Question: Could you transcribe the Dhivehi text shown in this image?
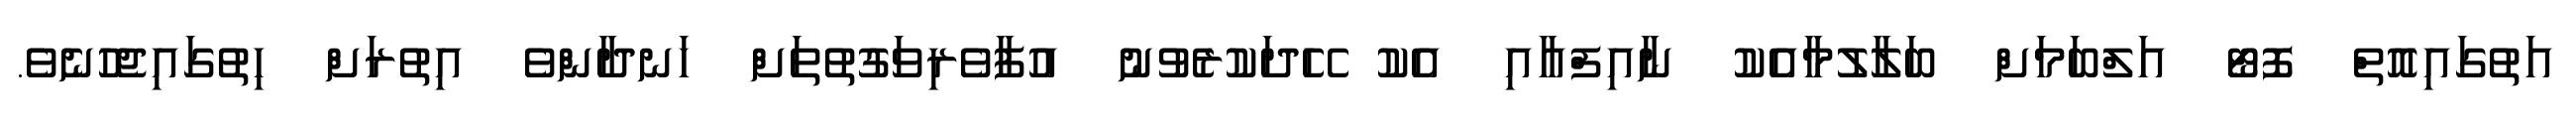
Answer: އަތުގައިއޮތް ފޮޓޯ އަލްބަމަށް ބަލާލުމާއެކު ނާއިފްއާއި އެކު ހޭދަކުރެވުނު އުފާވެރިވަގުތުތަށް ހަނދާންވެ އިތުރަށް ހިތުގައިޖެހުނެވެ.